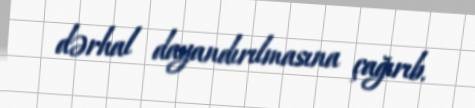
dərhal dayandırılmasına çağırıb.